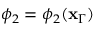
\phi _ { 2 } = \phi _ { 2 } ( \mathbf { x } _ { \Gamma } )